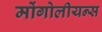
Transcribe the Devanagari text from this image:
मोंगोलीयन्स